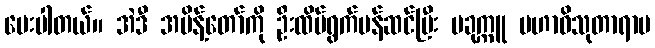
ပေးပါတယ်။ အဲဒီ အမိန့်တော်ကို ဦးထိပ်ရွက်ပန်ဆင်ပြီး ပခုက္ကူ မဟာဝိသုတာရာမ